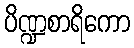
ပိဏ္ဍစာရိကော